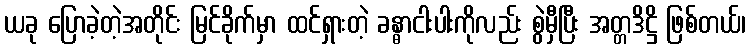
ယခု ပြောခဲ့တဲ့အတိုင်း မြင်ခိုက်မှာ ထင်ရှားတဲ့ ခန္ဓာငါးပါးကိုလည်း စွဲမှီပြီး အတ္တဒိဋ္ဌိ ဖြစ်တယ်၊